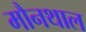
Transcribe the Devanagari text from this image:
मौनथाल